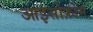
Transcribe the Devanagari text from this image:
आइसोफ़ोर्म